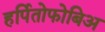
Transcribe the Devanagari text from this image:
हर्पितोफोबिअ